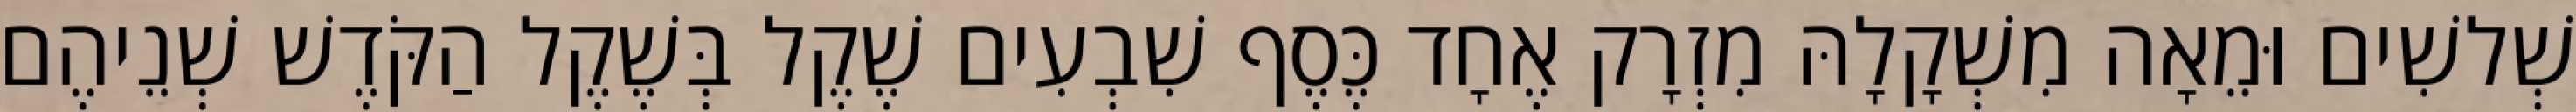
שְׁלשִׁים וּמֵאָה מִשְׁקָלָהּ מִזְרָק אֶחָד כֶּסֶף שִׁבְעִים שֶׁקֶל בְּשֶׁקֶל הַקֹּדֶשׁ שְׁנֵיהֶם